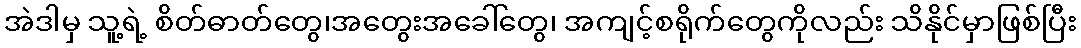
အဲဒါမှ သူ့ရဲ့ စိတ်ဓာတ်တွေ၊အတွေးအခေါ်တွေ၊ အကျင့်စရိုက်တွေကိုလည်း သိနိုင်မှာဖြစ်ပြီး